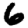
Digit: 6